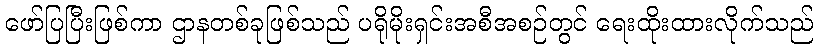
ဖော်ပြပြီးဖြစ်ကာ ဌာနတစ်ခုဖြစ်သည် ပရိုမိုးရှင်းအစီအစဉ်တွင် ရေးထိုးထားလိုက်သည်